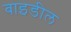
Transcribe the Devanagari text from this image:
बाइडील